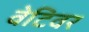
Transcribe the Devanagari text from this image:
वेटिवर